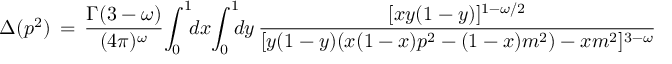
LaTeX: \Delta ( p ^ { 2 } ) \, = \, \frac { \Gamma ( 3 - \omega ) } { ( 4 \pi ) ^ { \omega } } \! \int _ { 0 } ^ { 1 } \! \! d x \! \int _ { 0 } ^ { 1 } \! \! \! d y \, \frac { [ x y ( 1 - y ) ] ^ { 1 - \omega / 2 } } { [ y ( 1 - y ) ( x ( 1 - x ) p ^ { 2 } - ( 1 - x ) m ^ { 2 } ) - x m ^ { 2 } ] ^ { 3 - \omega } }